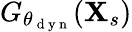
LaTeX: G_{\theta_{\mathrm{~d~y~n~}}}(\mathbf{X}_{s})